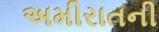
અમીરાતની